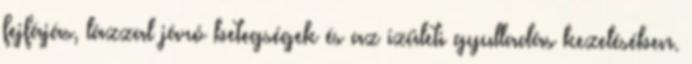
fejfájás, lázzal járó betegségek és az ízületi gyulladás kezelésében.